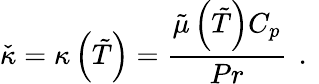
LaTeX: \check{\kappa}=\kappa\left(\tilde{T}\right)=\frac{\tilde{\mu}\left(\tilde{T}\right)C_{p}}{Pr}\, \mathrm{~.~}